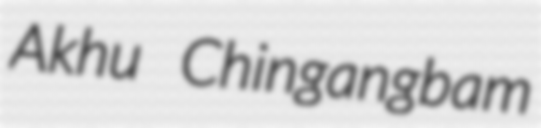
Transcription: Akhu Chingangbam